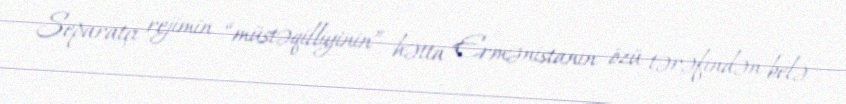
Separatçı rejimin “müstəqilliyinin” hətta Ermənistanın özü tərəfindən belə